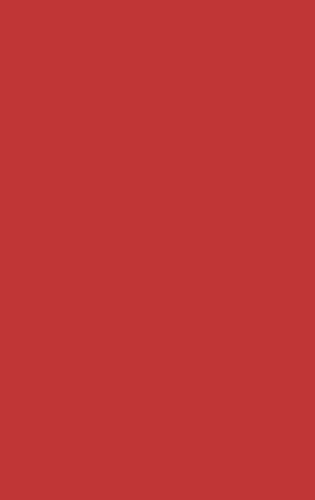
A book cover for The Book of Concord; Theodore G. Tappert; Christian Books & Bibles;